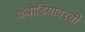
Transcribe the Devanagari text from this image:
कंबोडियावरची